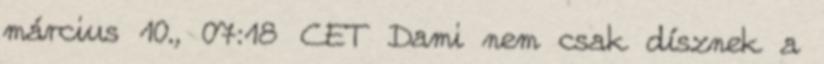
március 10., 07:18 CET Dami nem csak dísznek a